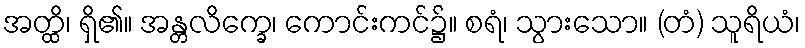
အတ္ထိ၊ ရှိ၏။ အန္တလိက္ခေ၊ ကောင်းကင်၌။ စရံ၊ သွားသော။ (တံ) သူရိယံ၊